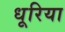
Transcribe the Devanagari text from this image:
धूरिया